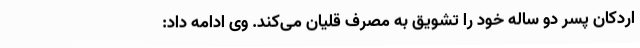
اردکان پسر دو ساله خود را تشویق به مصرف قلیان می‌کند. وی ادامه داد: